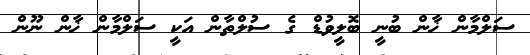
ސަލްމާން ޚާން ބުނީ ބޮލީވުޑް ގެ ސުލްތާން އަކީ ސަލްމާން ޚާން ނޫން